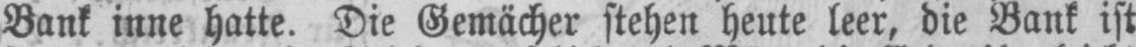
Bank inne hatte. Die Gemächer stehen heute leer, die Bank ist